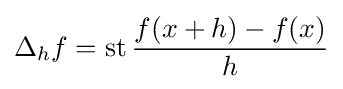
\Delta _{h}f=\operatorname {st} {\frac {f(x+h)-f(x)}{h}}